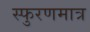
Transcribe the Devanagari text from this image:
स्फुरणमात्र